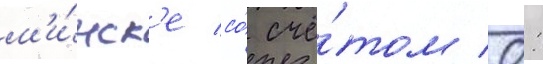
м'и́нск'е со́ счё́том 0: